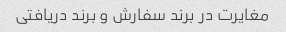
مغایرت در برند سفارش و برند دریافتی